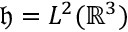
\mathfrak { h } = L ^ { 2 } ( \mathbb { R } ^ { 3 } )